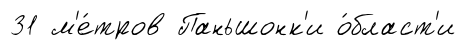
31 м'е́тров Паньшонк'и о́бласт'и